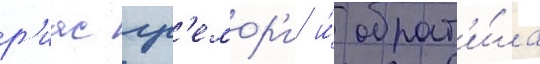
р'иас гр'емор'и и́ обрат'и́ла